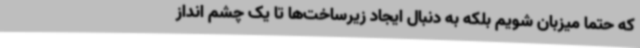
که حتما میزبان شویم بلکه به دنبال ایجاد زیرساخت‌ها تا یک چشم انداز